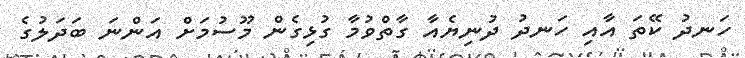
ހަނދު ކޭތަ އާއި ހަނދު ދުނިޔެއާ ގާތްވުމާ ގުޅިގެން މޫސުމަށް އަންނަ ބަދަލުގެ